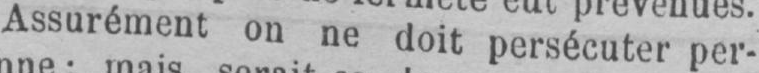
Assurément on ne doit persécuter per-